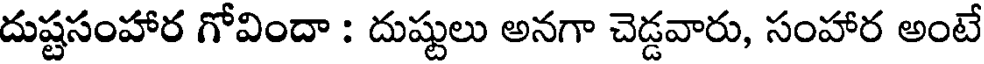
దుష్టసంహార గోవిందా : దుష్టులు అనగా చెడ్డవారు, సంహార అంటే